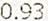
0.93